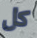
كل